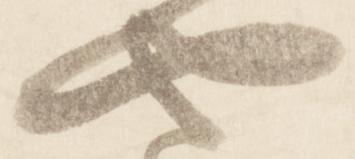
や